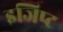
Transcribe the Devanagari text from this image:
इजिप्‍ट